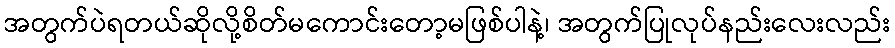
အတွက်ပဲရတယ်ဆိုလို့စိတ်မကောင်းတော့မဖြစ်ပါနဲ့၊ အတွက်ပြုလုပ်နည်းလေးလည်း